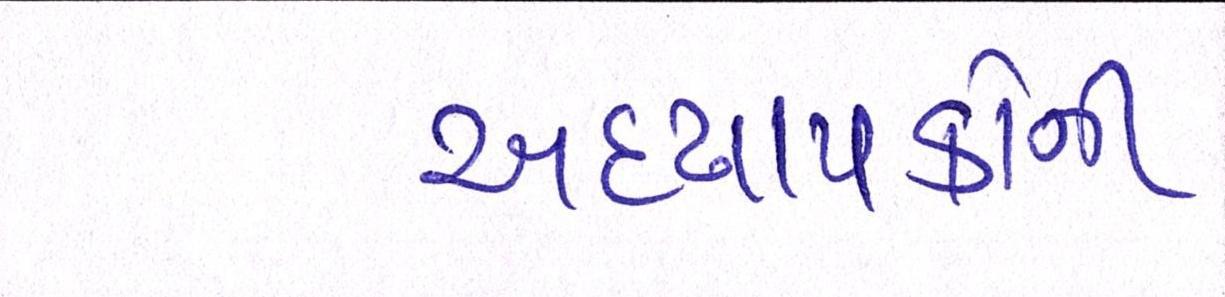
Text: અધ્યાપકોની